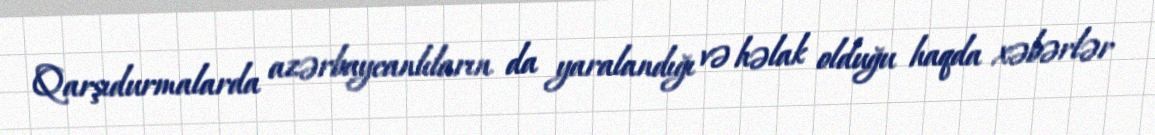
Qarşıdurmalarda azərbaycanlıların da yaralandığı və həlak olduğu haqda xəbərlər